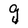
Character: g